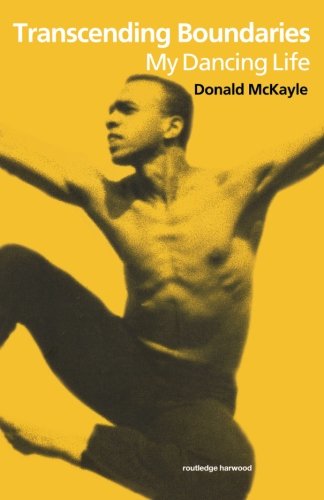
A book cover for Transcending Boundaries: My Dancing Life; Donald McKayle; Biographies & Memoirs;